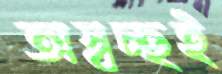
অস্বচ্ছই